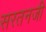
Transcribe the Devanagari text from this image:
सरतनजी